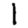
Digit: 1